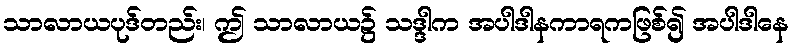
သာလာယပုဒ်တည်း၊ ဤ သာလာယ၌ သဒ္ဒါက အပါဒါနကာရကဖြစ်၍ အပါဒါနေ